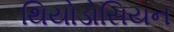
થિયોડોસિયન